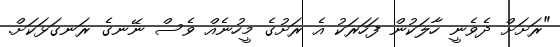
"ރަށަށް ދެވެނީ ހާލަކުން ފަހަރަކު އެ ރަށުގެ މީހުނެއް ވެސް ނޭނގެ ރަނގަޅަކަށް.